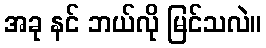
အခု နင် ဘယ်လို မြင်သလဲ။